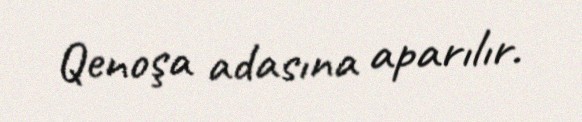
Qenoşa adasına aparılır.